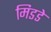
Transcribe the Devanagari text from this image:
मिडडे